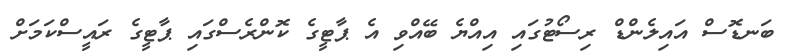
ބަނޑޮސް އައިލެންޑް ރިސޯޓުގައި އިއްޔެ ބޭއްވި އެ ޕާޓީގެ ކޮންރެސްގައި ޕާޓީގެ ރައީސްކަމަށް